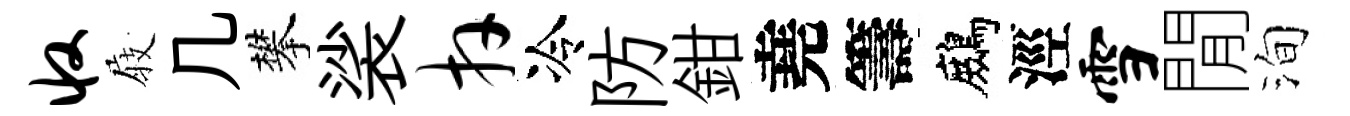
收𡲆几攀裟卉冷防鉗堯籌鷓涇雪閒洵